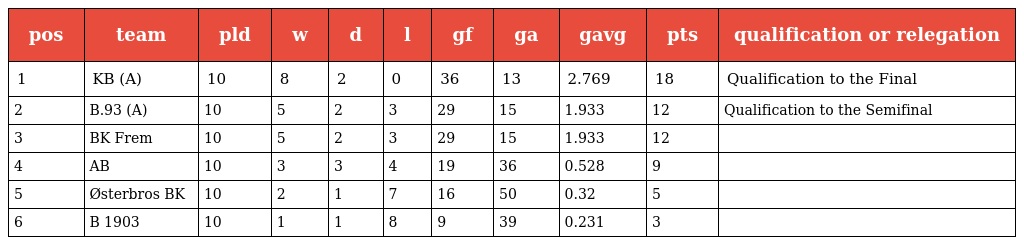
| pos | team | pld | w | d | l | gf | ga | gavg | pts | qualification or relegation |
 | --- | --- | --- | --- | --- | --- | --- | --- | --- | --- | --- |
 | 1 | KB (A) | 10 | 8 | 2 | 0 | 36 | 13 | 2.769 | 18 | Qualification to the Final |
 | 2 | B.93 (A) | 10 | 5 | 2 | 3 | 29 | 15 | 1.933 | 12 | Qualification to the Semifinal |
 | 3 | BK Frem | 10 | 5 | 2 | 3 | 29 | 15 | 1.933 | 12 |  |
 | 4 | AB | 10 | 3 | 3 | 4 | 19 | 36 | 0.528 | 9 |  |
 | 5 | Østerbros BK | 10 | 2 | 1 | 7 | 16 | 50 | 0.32 | 5 |  |
 | 6 | B 1903 | 10 | 1 | 1 | 8 | 9 | 39 | 0.231 | 3 |  |